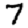
Digit: 7